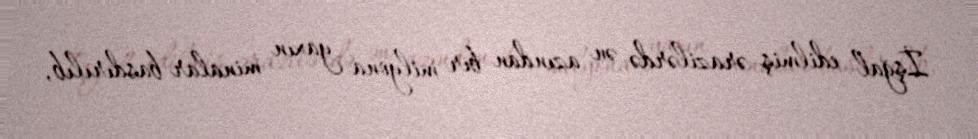
İşğal edilmiş ərazilərdə ən azından bir milyona yaxın minalar basdırılıb,